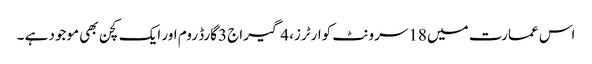
اس عمارت میں 18سرونٹ کوارٹرز، 4گیراج 3گارڈ روم اور ایک کچن بھی موجود ہے ۔